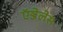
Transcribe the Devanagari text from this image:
ऍञ्जेलेस